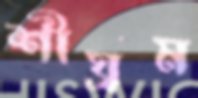
শীঘ্রম